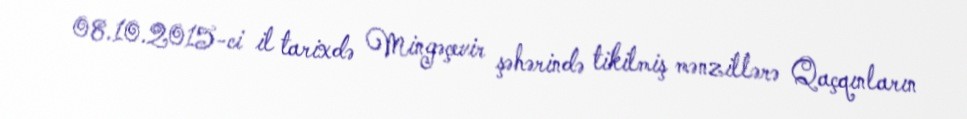
08.10.2015-ci il tarixdə Mingəçevir şəhərində tikilmiş mənzillərə Qaçqınların